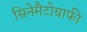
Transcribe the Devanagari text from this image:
सिनेमैटोग्राफी